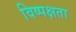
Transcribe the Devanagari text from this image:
विष्पक्षता